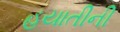
હયાતીની